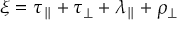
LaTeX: \xi = \tau _ { \parallel } + \tau _ { \perp } + \lambda _ { \parallel } + \rho _ { \perp }